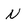
Character: N